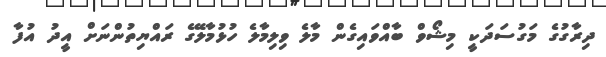
ދިރާގުގެ މަގުސަދަކީ މިޝޯވް ބާއްވައިގެން މާލެ ވިލިމާލެ ހުޅުމާލޭގެ ރައްޔިތުންނަށް އީދު އުފާ